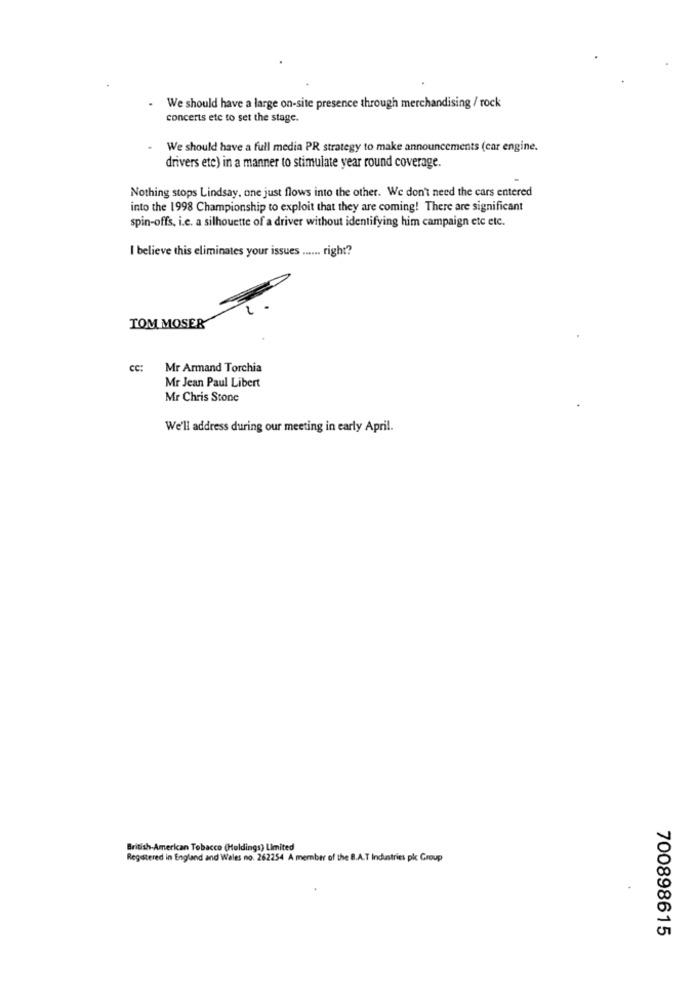
We should have a large on-site presence through merchandising / rock
concerts ete to set the stage.
We should have a full media PR strategy to make announcements (car engine.
drivers etc) in a manner to stimulate year round coverage.
Nothing stops Lindsay, one just flows into the other. We don't need the cars entered
into the 1998 Championship to exploit that they are coming! There are significant
spin-offs, i.e. a silhouette of a driver without identifying him campaign etc etc.
I believe this eliminates your issues ...... right?
TOM MOSER
CC:
Mr Armand Torchia
Mr Jean Paul Libert
Mr Chris Stone
We'll address during our meeting in early April.
British-American Tobacco (Holdings) Limited
Registered in England and Wales no. 262254 A member of the B.A.T Industries pk Group
700898615